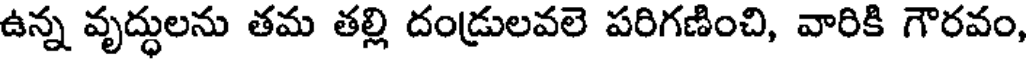
ఉన్న వృద్ధులను తమ తల్లి దండ్రులవలె పరిగణించి, వారికి గౌరవం,